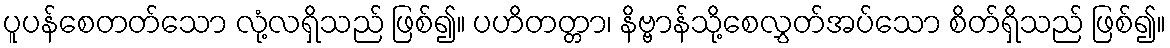
ပူပန်စေတတ်သော လုံ့လရှိသည် ဖြစ်၍။ ပဟိတတ္တာ၊ နိဗ္ဗာန်သို့စေလွှတ်အပ်သော စိတ်ရှိသည် ဖြစ်၍။